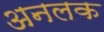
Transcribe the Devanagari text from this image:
अनलक